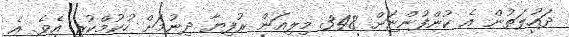
ދައުލަތުން އެ ކުންފުންޏަށް 348 މިލިއަން ރުފިޔާ ދިނުމަށް ހުކުމްކުރި އެވެ. އެ